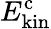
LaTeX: E_{\mathrm{kin}}^{\mathrm{c}}